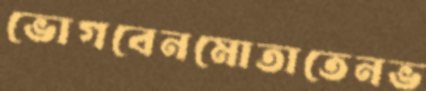
ভোগবেনমোতাতেনভ